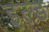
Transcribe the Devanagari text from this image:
इल्ड